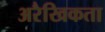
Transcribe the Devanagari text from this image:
अरैखिकता